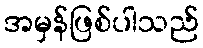
အမှန်ဖြစ်ပါသည်